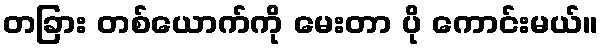
တခြား တစ်ယောက်ကို မေးတာ ပို ကောင်းမယ်။